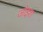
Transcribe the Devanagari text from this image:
जोइश